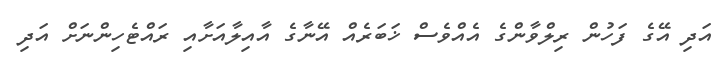
އަދި އޭގެ ފަހުން ރިލްވާންގެ އެއްވެސް ޚަބަރެއް އޭނާގެ އާއިލާއަށާއި ރައްޓެހިންނަށް އަދި